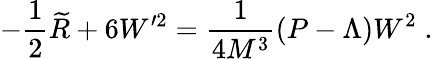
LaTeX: -\frac 12\widetilde{R}+6W^{\prime 2}=\frac 1{4M^{3}}(P-\Lambda)W^{2}\; .